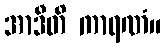
အာဒီတိ ကာရဏံ။